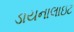
ડાયનાલાઇટ